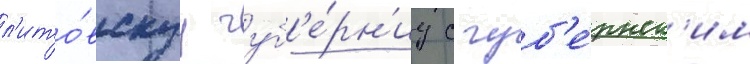
л'ито́вскуу губ'е́рн'иу с губ'е́рнск'им